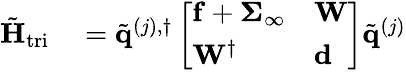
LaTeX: \begin{array}{rl}{\tilde{\mathbf{H}}_{\mathrm{tri}}}&{{}=\tilde{\mathbf{q}}^{(j),\dagger}\left[\begin{array}{ll}{\mathbf{f}+\boldsymbol{\Sigma}_{\infty}}&{\mathbf{W}}\\ {\mathbf{W}^{\dagger}}&{\mathbf{d}}\end{array}\right]\tilde{\mathbf{q}}^{(j)}}\end{array}